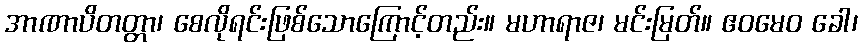
အာဏာပိတတ္တာ၊ စေလိုရင်းဖြစ်သောကြောင့်တည်း။ မဟာရာဇ၊ မင်းမြတ်။ ဧဝမေဝ ခေါ၊